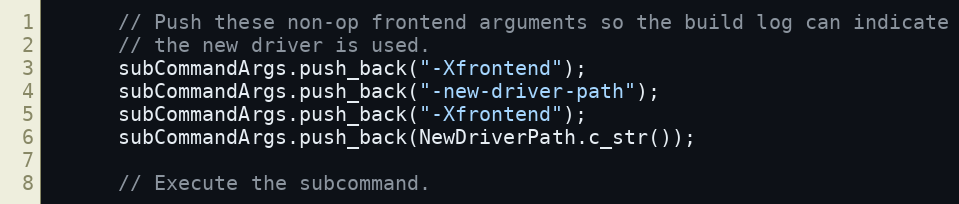
Language: C++
      // Push these non-op frontend arguments so the build log can indicate
      // the new driver is used.
      subCommandArgs.push_back("-Xfrontend");
      subCommandArgs.push_back("-new-driver-path");
      subCommandArgs.push_back("-Xfrontend");
      subCommandArgs.push_back(NewDriverPath.c_str());

      // Execute the subcommand.